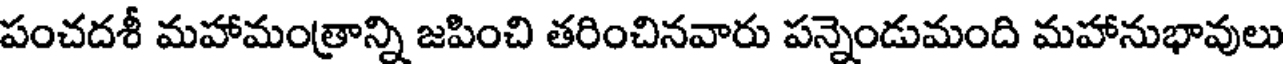
పంచదశీ మహామంత్రాన్ని జపించి తరించినవారు పన్నెండుమంది మహానుభావులు